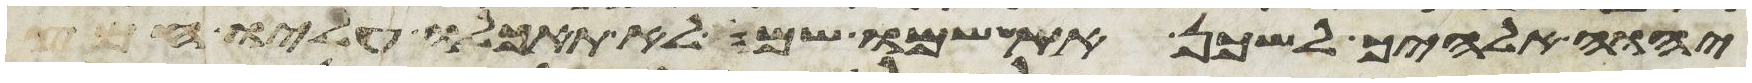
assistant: יהוה אלהיך לשכן את שמו שם לא תאכלו עליו חמץ